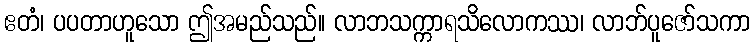
ဧတံ၊ ပပတာဟူသော ဤအမည်သည်။ လာဘသက္ကာရသိလောကဿ၊ လာဘ်ပူဇော်သကာ